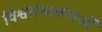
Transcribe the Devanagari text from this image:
विश्वसंभावनाओं